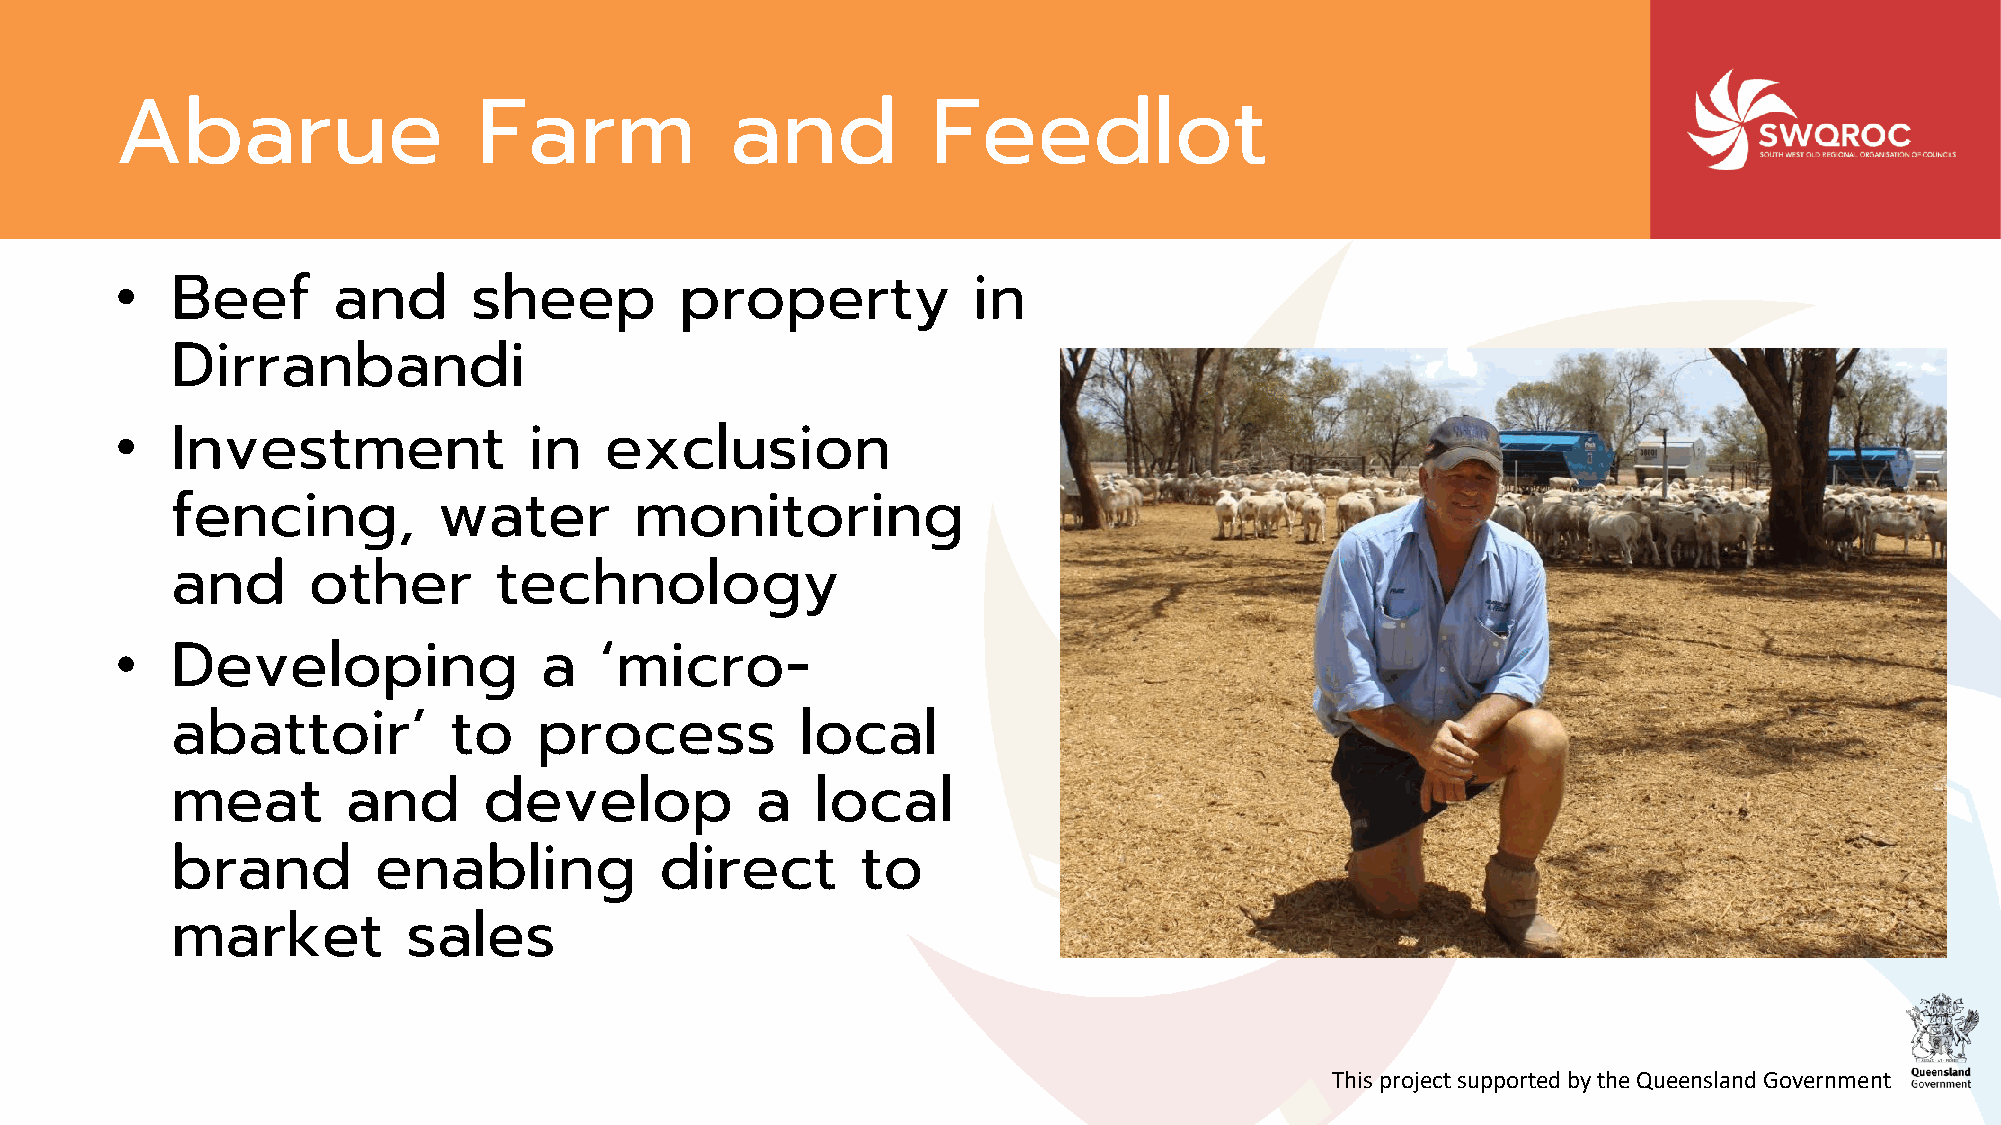
Abarue                  Farm            and           Feedlot
 •  Beef       and      sheep         property           in
 Dirranbandi
 •  Investment              in   exclusion
 fencing,          water        monitoring
 and      other        technology
 •  Developing               a   ‘micro-
 abattoir’          to    process          local
 meat        and      develop           a   local
 brand         enabling           direct       to
 market          sales
 This project supported by the Queensland Government